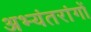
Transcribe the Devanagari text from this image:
अभ्यंतरांगों